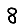
Digit: 8